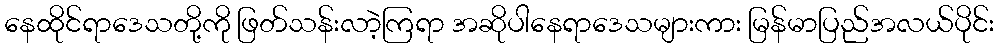
နေထိုင်ရာဒေသတို့ကို ဖြတ်သန်းလာဲ့ကြရာ အဆိုပါနေရာဒေသများကား မြန်မာပြည်အလယ်ပိုင်း